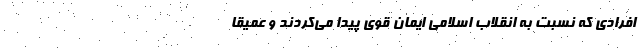
افرادی که نسبت به انقلاب اسلامی ایمان قوی پیدا می‌کردند و عمیقاً